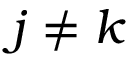
j \neq k